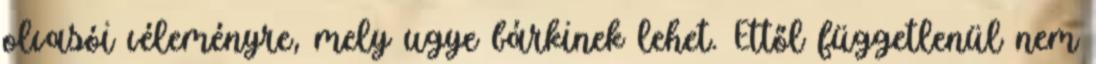
olvasói véleményre, mely ugye bárkinek lehet. Ettől függetlenül nem